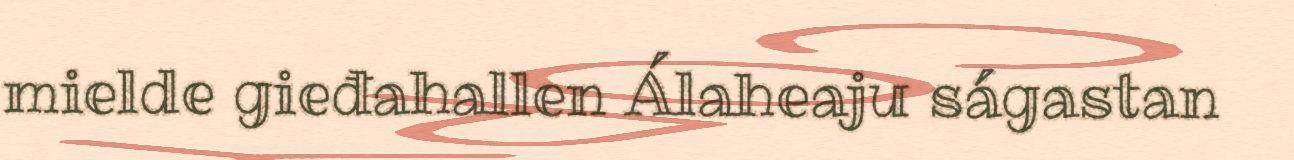
mielde gieđahallen Álaheaju ságastan